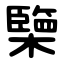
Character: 㯺